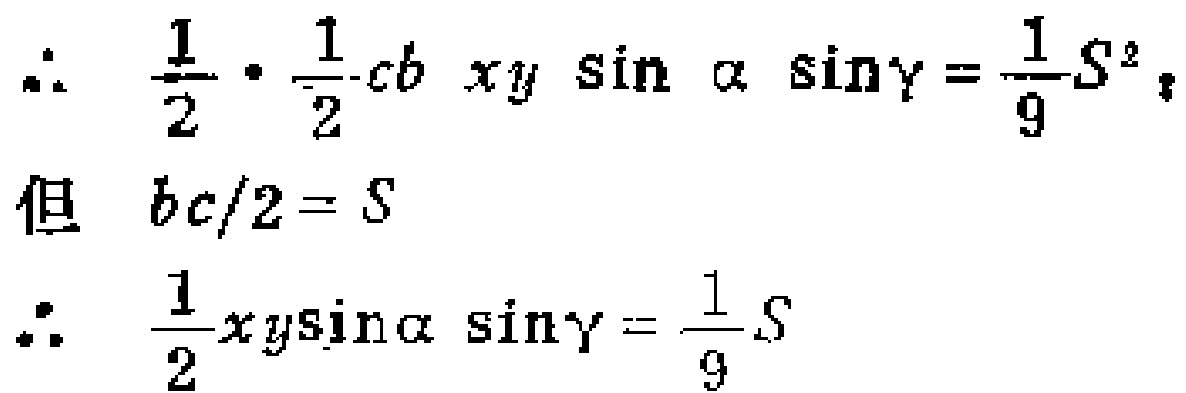
\[\begin{align*}
\therefore\quad&\frac{1}{2}\cdot\frac{1}{2}cbxy\sin\alpha\sin\gamma=\frac{1}{9}S^{2}\\
\text{但}\quad&bc/2 = S\\
\therefore\quad&\frac{1}{2}xy\sin\alpha\sin\gamma=\frac{1}{9}S
\end{align*}\]